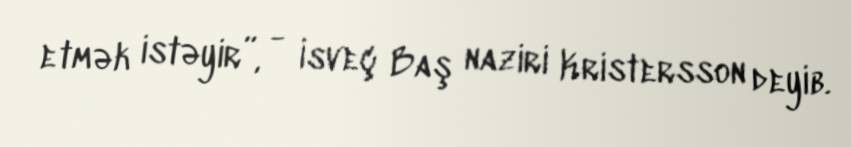
etmək istəyir”, - İsveç Baş naziri Kristersson deyib.